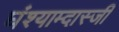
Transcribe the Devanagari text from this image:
घंश्याम्दास्जी